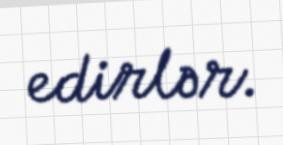
edirlər.